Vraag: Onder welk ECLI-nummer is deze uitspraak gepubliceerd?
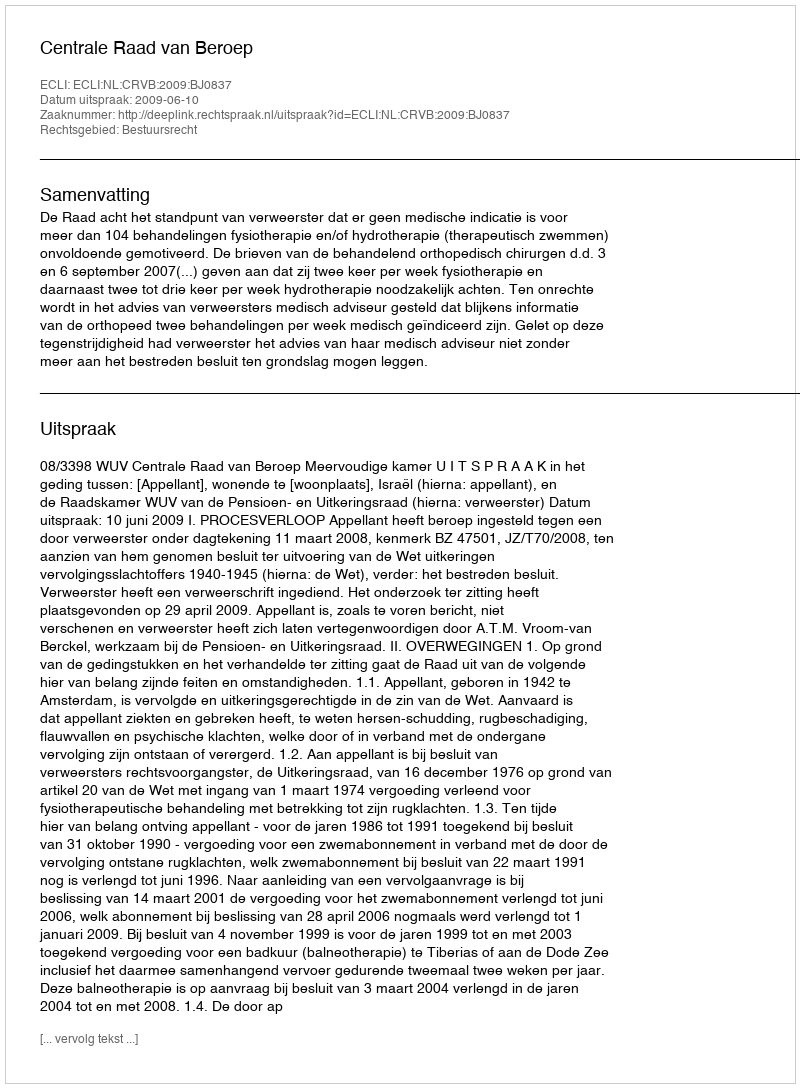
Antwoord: ECLI:NL:CRVB:2009:BJ0837